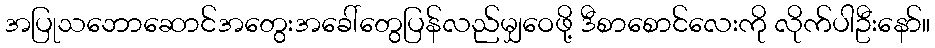
အပြုသဘောဆောင်အတွေးအခေါ်တွေပြန်လည်မျှဝေဖို့ ဒီစာစောင်လေးကို လိုက်ပါဦးနော်။